Lunatic asylums in Bengal annual reports 1888-1898 - 1888-1898
Year: 1888
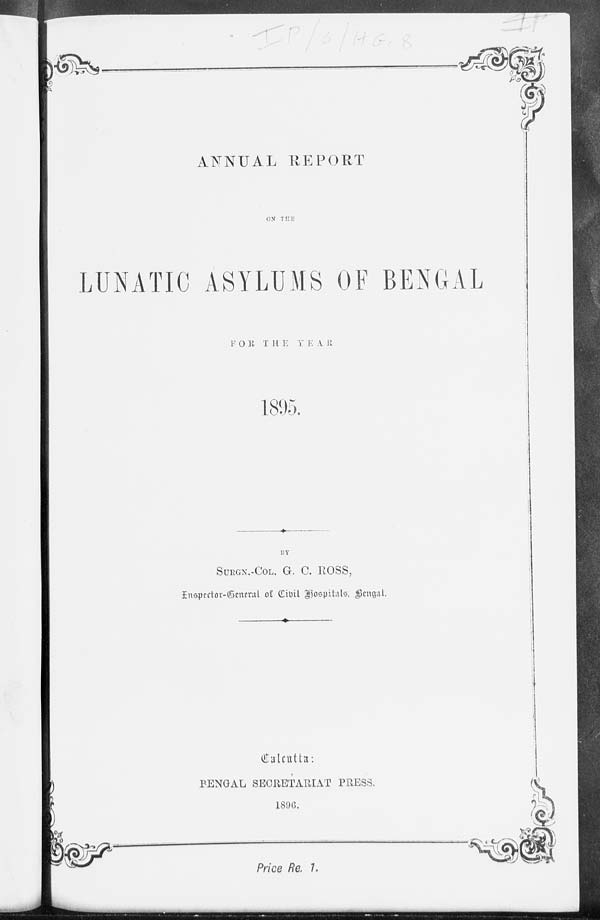
ANNUAL REPORT
ON THE
LUNATIC ASYLUMS OF BENGAL
FOR THE
YEAR
1895.
BY
SURGN.-COL. G. C. ROSS,
Inspector-General of Civil Hospitals, Bengal.
Calcutta:
BENGAL SECRETARIAT PRESS.
1896.
Price Re. 7.